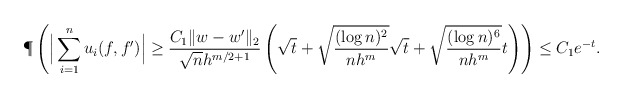
\begin{align*} \P\left( \Big| \sum_{i=1}^n u_i(f,f') \Big| \geq \frac{C_1 \|w-w'\|_2}{\sqrt n h^{m/2+1}} \left( \sqrt{t} + \sqrt{\frac{(\log n)^2}{n h^m}} \sqrt t + \sqrt{\frac{(\log n)^6}{n h^m}} t \right) \right) &\leq C_1 e^{-t}. \end{align*}